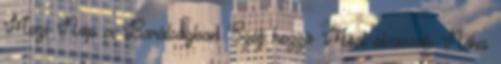
Mozi Nap a Barátságban Szólj hozzá Most olvassák Néha